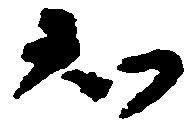
知